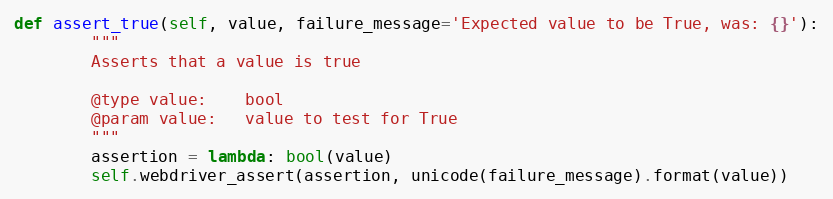
Language: Python
def assert_true(self, value, failure_message='Expected value to be True, was: {}'):
        """
        Asserts that a value is true

        @type value:    bool
        @param value:   value to test for True
        """
        assertion = lambda: bool(value)
        self.webdriver_assert(assertion, unicode(failure_message).format(value))